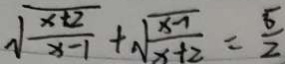
\sqrt { \frac { x + 2 } { x - 1 } } + \sqrt { \frac { x - 1 } { x + 2 } } = \frac { 5 } { 2 }